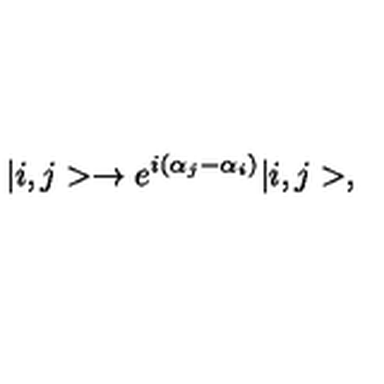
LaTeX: | i , j > \rightarrow e ^ { i ( \alpha _ { j } - \alpha _ { i } ) } | i , j > ,